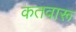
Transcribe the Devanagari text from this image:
कतवारू